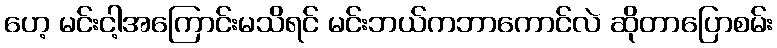
ဟေ့ မင်းငါ့အကြောင်းမသိရင် မင်းဘယ်ကဘာကောင်လဲ ဆိုတာပြောစမ်း